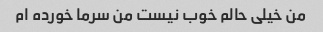
من خیلی حالم خوب نیست من سرما خورده ام